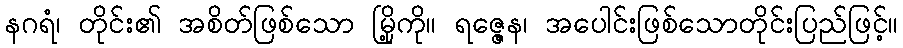
နဂရံ၊ တိုင်း၏ အစိတ်ဖြစ်သော မြို့ကို။ ရဇ္ဇေန၊ အပေါင်းဖြစ်သောတိုင်းပြည်ဖြင့်။